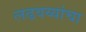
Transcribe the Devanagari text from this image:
लढवय्यांचा